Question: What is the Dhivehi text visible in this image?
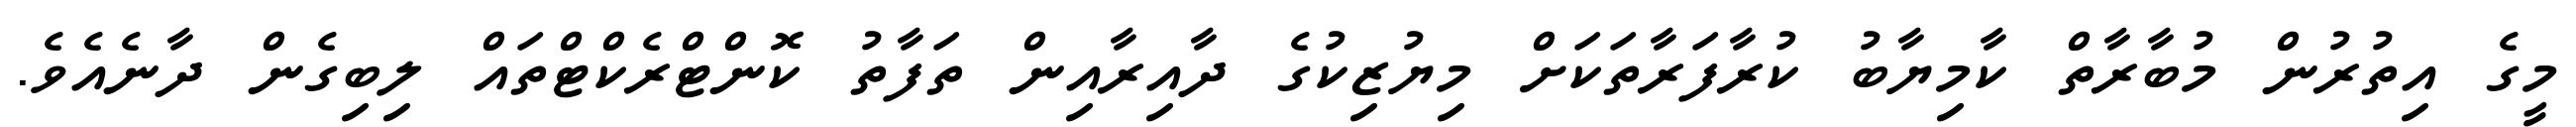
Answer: މީގެ އިތުރުން މުބާރާތް ކާމިޔާބު ކުރާފަރާތަކަށް މިޔުޒިކުގެ ދާއިރާއިން ތަފާތު ކޮންޓްރެކްޓްތައް ލިބިގެން ދާނެއެވެ.